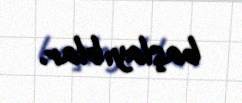
başlayıblar.